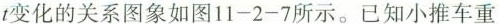
t变化的关系图象如图11-2-7所示。已知小推车重